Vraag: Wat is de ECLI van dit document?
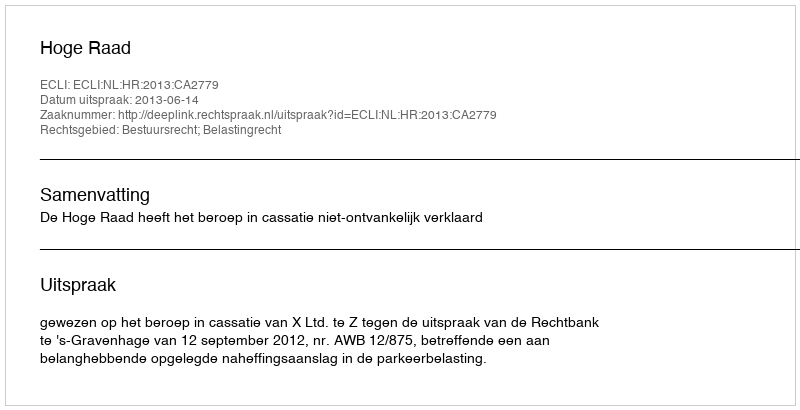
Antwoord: ECLI:NL:HR:2013:CA2779